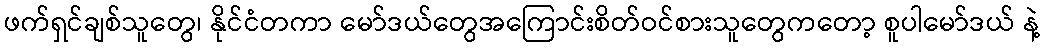
ဖက်ရှင်ချစ်သူတွေ၊ နိုင်ငံတကာ မော်ဒယ်တွေအကြောင်းစိတ်ဝင်စားသူတွေကတော့ စူပါမော်ဒယ် နဲ့